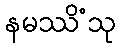
နမဿိံသု